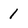
Character: 1